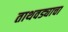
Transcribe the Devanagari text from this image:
ताथवड्याचा